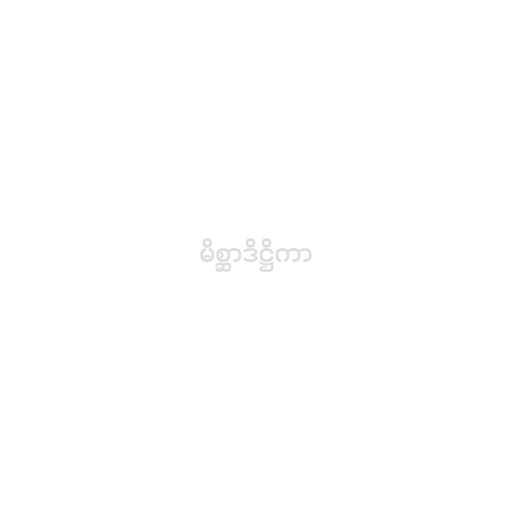
မိစ္ဆာဒိဋ္ဌိကာ